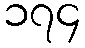
၁၇၄